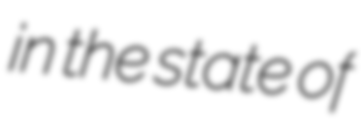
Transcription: in the state of